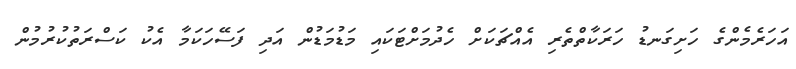
އަހަރެމެންގެ ހަށިގަނޑު ހަރަކާތްތެރި އެއްޗަކަށް ހެދުމަށްޓަކައި މަޑުމަޑުން އަދި ފަސޭހަކަމާ އެކު ކަސްރަތުކުރުމުން